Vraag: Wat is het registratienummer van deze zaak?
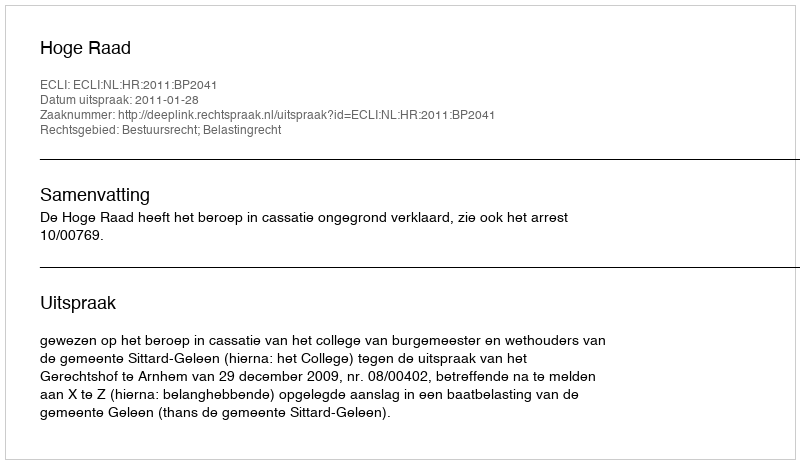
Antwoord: http://deeplink.rechtspraak.nl/uitspraak?id=ECLI:NL:HR:2011:BP2041